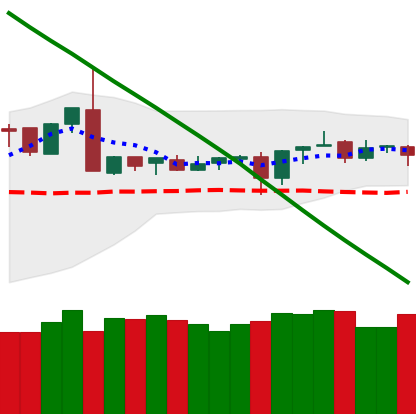
Ticker: XMR-USD
Chart end date: 2019-03-11
Forward return: 8.759%
Label: up_7plus